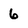
Character: 6